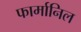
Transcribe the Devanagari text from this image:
फार्मानिल